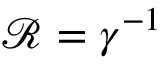
\mathcal R = \gamma ^ { - 1 }